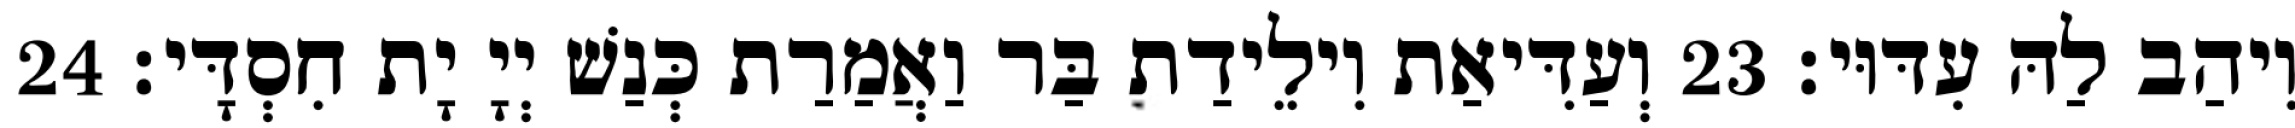
וִיהַב לַהּ עִדּוּי׃ 23 וְעַדִּיאַת וִילֵידַת בַּר וַאֲמַרַת כְּנַשׁ יְיָ יָת חִסְדָּי׃ 24